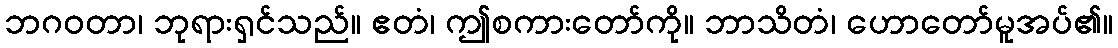
ဘဂဝတာ၊ ဘုရားရှင်သည်။ ဧတံ၊ ဤစကားတော်ကို။ ဘာသိတံ၊ ဟောတော်မူအပ်၏။